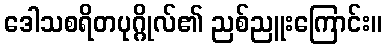
ဒေါသစရိတပုဂ္ဂိုလ်၏ ညစ်ညူးကြောင်း။